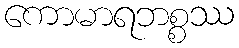
ကောမာရဘစ္စဿ